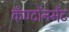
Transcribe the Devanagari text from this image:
कँण्टोंनमेंट